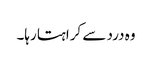
وہ درد سے کراہتا رہا۔